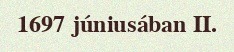
1697 júniusában II.